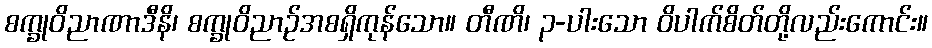
စက္ခုဝိညာဏာဒီနိ၊ စက္ခုဝိညာဉ်အစရှိကုန်သော။ တီဏိ၊ ၃-ပါးသော ဝိပါက်စိတ်တို့လည်းကောင်း။